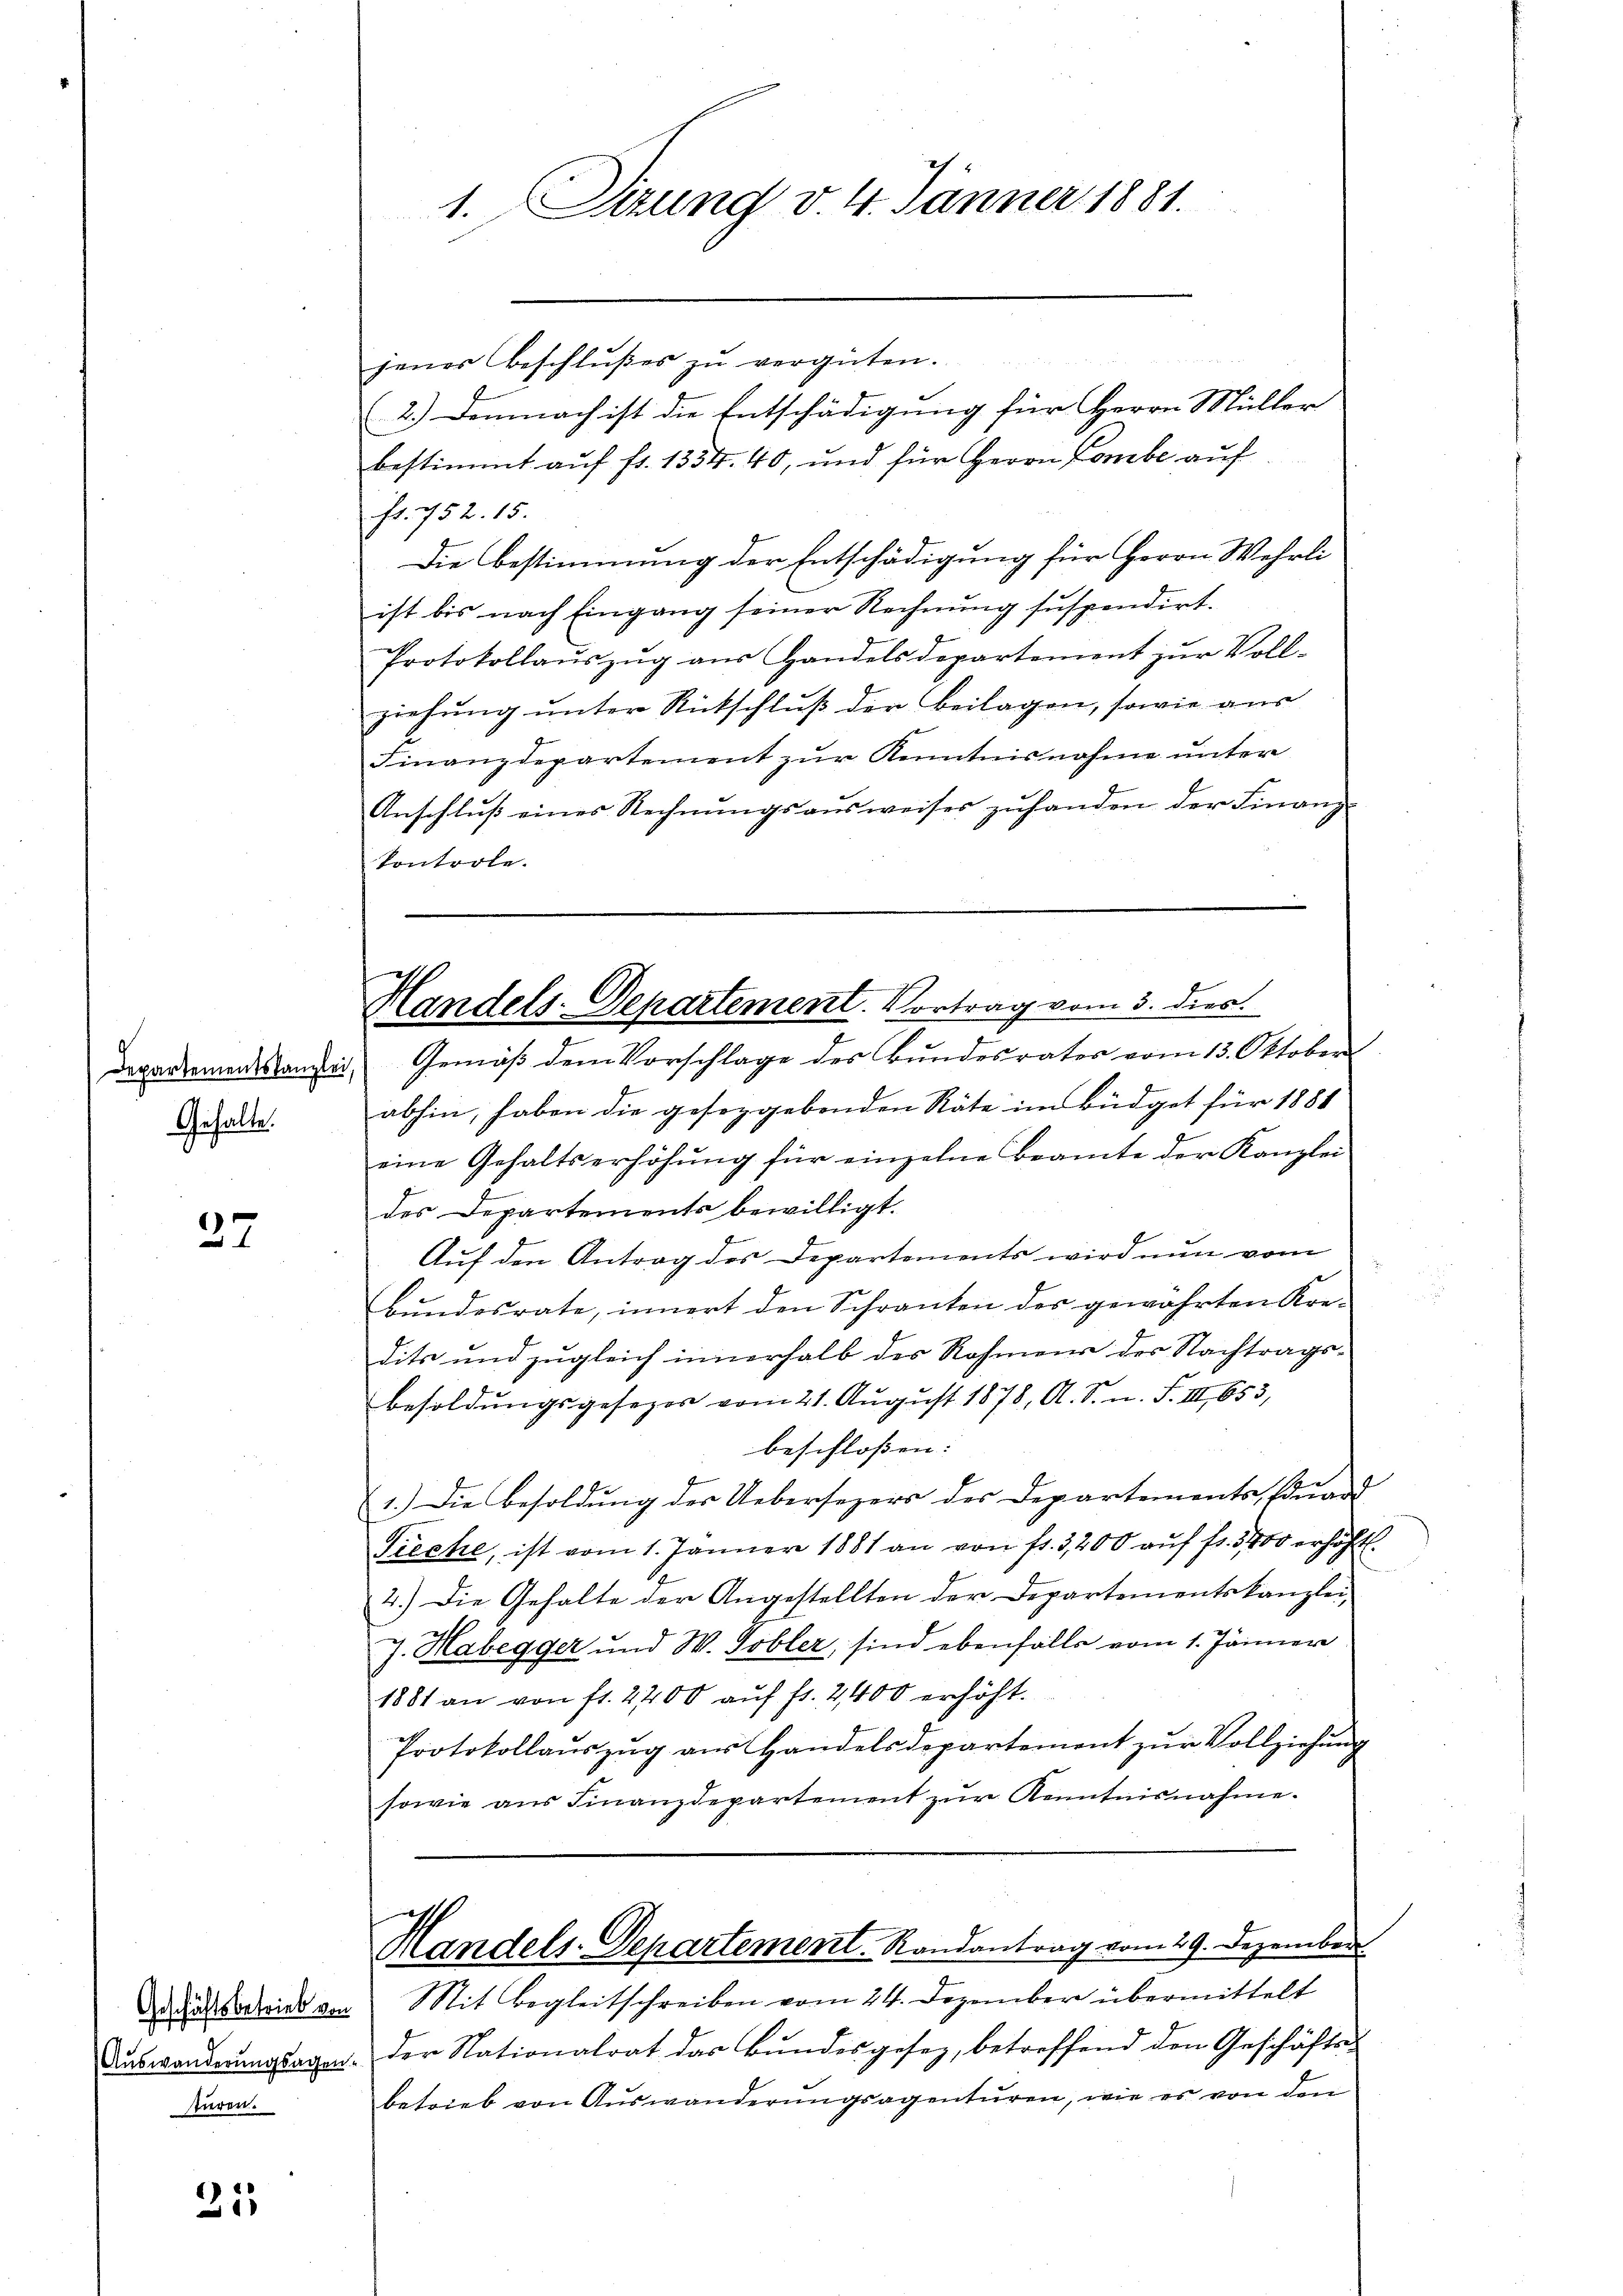
Departementskanzlei,
Gehalte.

37

Geschäftsbetrieb von
.
Auswanderungsagen.
türen.

215

1. Sitzung v. 4. Jänner 1881.

jenes Beschlußes zu vergüten.
(2.) Demnach ist die Entschädigung für Herrn Müller
bestimmt auf fr. 1354. 40, und für Herrn Combe auf
fr. 752. 15.
Die Bestimmung der Entschädigung für Herrn Wehrli
ist bis nach Eingang seiner Rechnŭng suspendirt.
Protokollaŭszŭg aŭs Handelsdepartement zŭr Voll-
ziehung unter Rückschluß der Beilagen, sowie aus
Finanzdepartement zur Kenntnisnahme unter
Anschluß eines Rechnungsausweises zuhanden der Finanz
kontrole.

Gemäß dem Vorschlage des Bundesrates vom 13. Oktober
abhin, haben die gesetzgebenden Räte im Büdget für 1881
eine Gehaltserhöhung für einzelne Beamte der Kanzlei
des Departements bewilligt.
Auf den Antrag des Departements wird nun vom
Bundesrate, innert den Schranken des gewährten Kre-
dits und zugleich innerhalb des Rohmens des Nachtragsbesoldŭngsgesezes vom 21. Aŭgŭst 1878, A. S. n. F. III 653,
beschloßen:
1.) Die Besoldung der Uebersezers des Departements Eduard
Pieche, ist vom 1. Jänner 1881 an von fl. 3,200 auf fr. 3400 erhöht.
2.) Die Gehalte der Angestellten der Departementskanzlei-
e
J. Grabegger und W. Tobler, sind ebenfalls vom 1. Jänner
1881 an von fl. 2400 auf fl. 2,400 erhöht.
Protokollaŭszŭg aŭs Handelsdepartement zŭr Vollziehŭng
sowie ans Finanzdepartement zŭr Kenntnisnahme.
1
Thandels-Departement. Randantrag vom 29. Dezember
Mit Begleitschreiben vom 24. Dezember übermittelt
der Nationalrat das Bundesgesez, betreffend den Geschäfts-
betrieb von Auswanderungsagenturen, wie es von den

Handels-Departement. Vortrag vom 3. dies